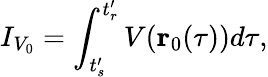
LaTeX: I_{V_{0}}=\displaystyle\int_{t_{s}^{\prime}}^{t_{r}^{\prime}}V(\textbf{r}_{0}(\tau))d\tau,